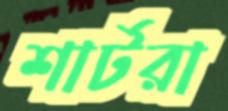
শার্টরা